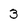
Character: 3